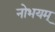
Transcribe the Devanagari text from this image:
नोभयम्